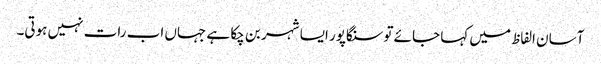
آسان الفاظ میں کہا جائے تو سنگاپور ایسا شہر بن چکا ہے جہاں اب رات نہیں ہوتی۔